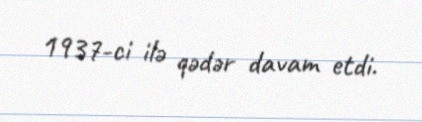
1937-ci ilə qədər davam etdi.